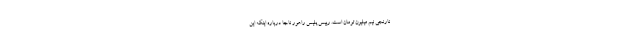
نارنجی نیم میلیون تومان است. رییس پلیس راهور ناجا درباره اینکه این